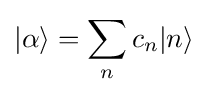
|\alpha \rangle =\sum _{n}c_{n}|n\rangle